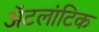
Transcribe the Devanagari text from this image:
ॲटलांटिक